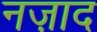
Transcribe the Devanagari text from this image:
नज़ाद